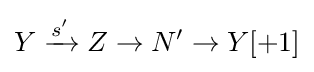
Y\xrightarrow {s'} Z\to N'\to Y[+1]